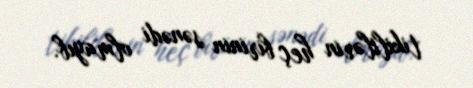
tikililərin heç birinin sənədi olmayıb.